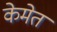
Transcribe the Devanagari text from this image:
केमेत